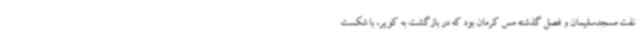
نفت مسجدسلیمان و فصل گذشته مس کرمان بود که در بازگشت به کویر، با شکست